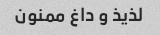
لذیذ و داغ ممنون